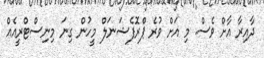
ދާއިރާ އާށް ވެސް. މި އަށް ވުރެ ޕްރޮފެޝަނަލް މީހުން ގިނަ މިނިސްޓްރީއެއް